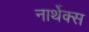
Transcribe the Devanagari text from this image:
नार्थेक्स